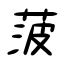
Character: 菠